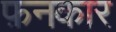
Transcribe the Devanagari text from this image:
फ़नकार